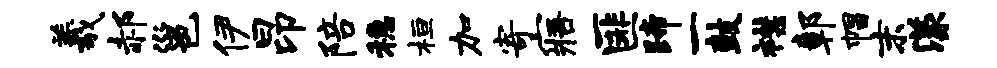
羲郝邕伊昂陪稳桓加寄寤匪蹄一鼓襟鄣帽末漾